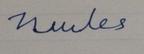
Signature authenticity: forged